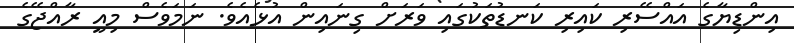
އިންޑިޔާގެ އައްސޭރި ކައިރި ކަނޑުތަކުގައި ވަރަށް ގިނައިން އުޅެއެވެ. ނަމަވެސް މިއީ ރާއްޖޭގެ